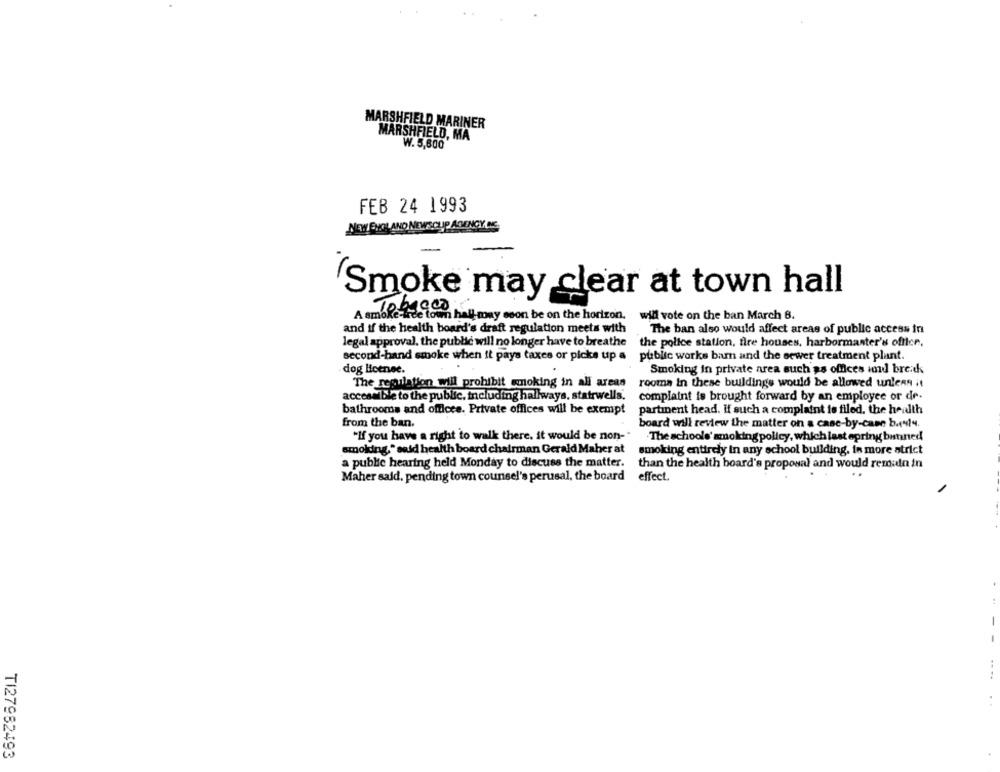
MARSHFIELD MARINER
MARSHFIELD, MA
W. 5,600
FEB 24 1993
NEW EHOL ANO NEWSCLIP AGENCY NE
'Smoke may clear at town hall
A smoke-free town hall may eson be on the horizon.
will vote on the ban March 8.
and if the health board's draft regulation meets with
The ban also would affect areas of public access in
legal approval. the public will no longer have to breathe
the police station, fire houses, harbormanter's office,
public works barn and the sewer treatment plant.
second-hand smoke when it pays taxes or picks up a
dog Hoenee.
Smoking in private area such as offices iod bre.dk
The regulation will prohibit smoking in all areas
The regulation will prohibit smoking in all areas rooms in these buildings would be allowed unless it
accessible to the public, including hallways, statrwells.
complaint is brought forward by an employee or de.
bathrooms and officee. Private offices will be exempt
partinent head. If such a complaint to filed. the health
from the ban.
board will review the matter on a case-by-cam bu44.
"If you have a right to walk there. it would be non-"
The schools' smoking policy, which last opring banned
smoking." said health board chairman Gerald Maher at
smoking entirely in any school building, in more strict
a public hearing held Monday to discuss the matter.
a public hearing held Monday to discuss the matter. than the health board's proposal and would remain in
Maher said, pending town counsel's perusal, the board
effect.
-
-
....
TI27982493